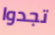
تجدوا